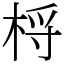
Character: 㭩